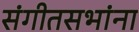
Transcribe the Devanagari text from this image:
संगीतसभांना